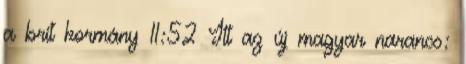
a brit kormány 11:52 Itt az új magyar narancs: